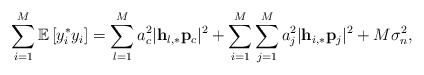
\begin{align*}\sum_{i=1}^{M}\mathbb{E}\left[y_i^* y_i\right]=\sum_{l=1}^M a_c^2\lvert\mathbf{h}_{l,*}\mathbf{p}_c\rvert^2+\sum_{i=1}^M\sum_{j=1}^M a_j^2\lvert\mathbf{h}_{i,*}\mathbf{p}_j\rvert^2+M\sigma_n^2,\end{align*}